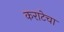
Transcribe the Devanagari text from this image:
कराटेचा